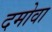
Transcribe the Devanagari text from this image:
दमोवा